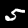
Digit: 5